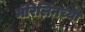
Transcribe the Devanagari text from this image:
मॅरिलिनच्या